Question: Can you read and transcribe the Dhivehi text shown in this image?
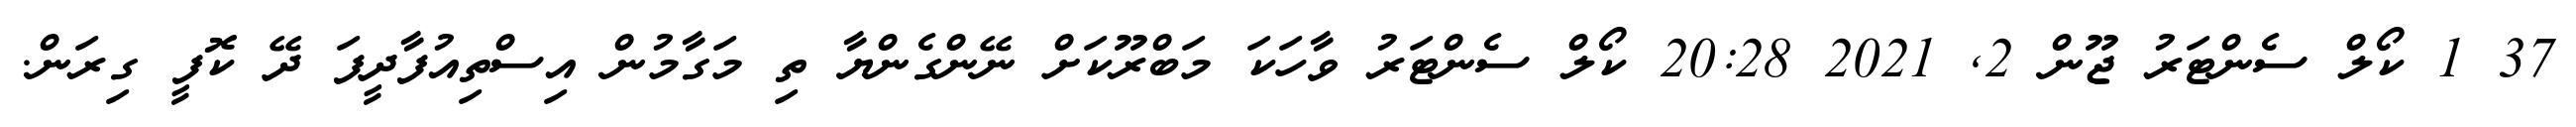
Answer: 37 1 ކޯލް ސެންޓަރު ޖޫން 2, 2021 20:28 ކޯލް ސެންޓަރު ވާހަކަ މަބްރޫކަށް ނޭންގެންޔާ ތި މަގާމުން އިސްތިއުފާދީފަ ދޭ ކޮފީ ގިރަން.